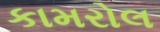
કામરોલ